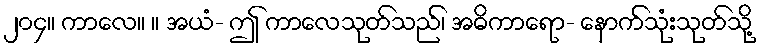
၂၀၄။ ကာလေ။ ။ အယံ- ဤ ကာလေသုတ်သည်၊ အဓိကာရော- နောက်သုံးသုတ်သို့